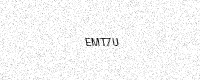
Text: EMT7U